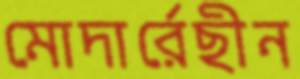
মোদার্রেছীন